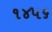
૧૪૫૬